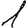
Digit: 1